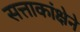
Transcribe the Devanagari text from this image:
सत्ताकांक्षेने